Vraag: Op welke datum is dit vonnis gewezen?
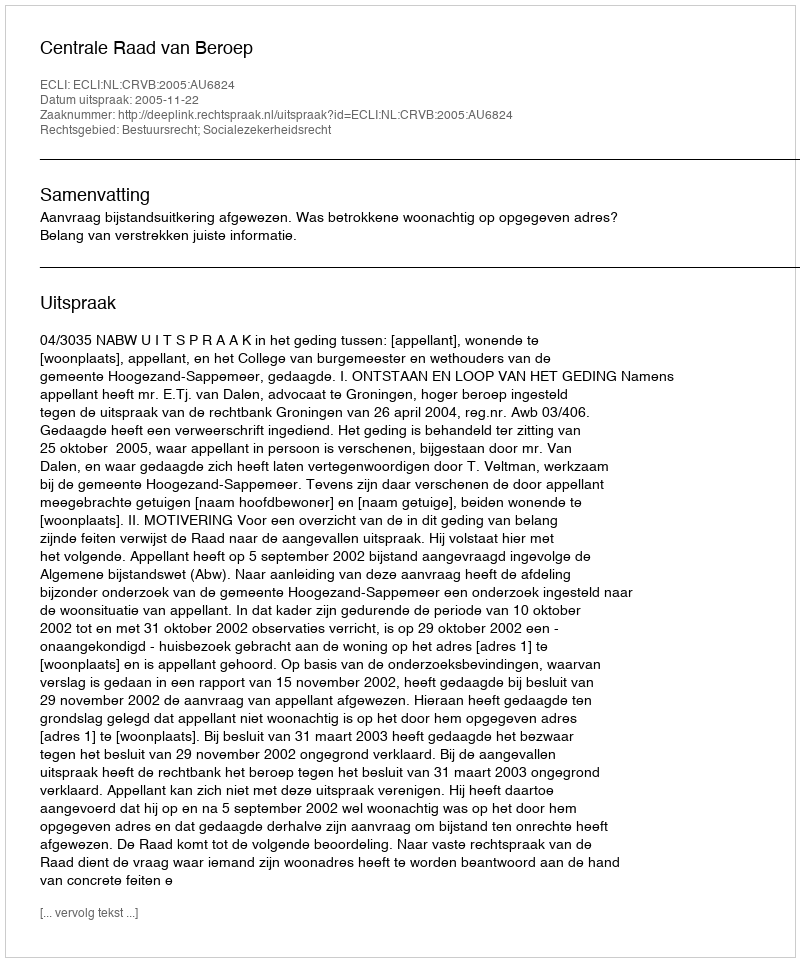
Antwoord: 2005-11-22